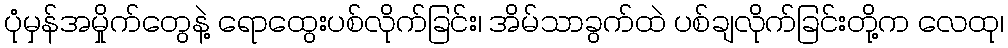
ပုံမှန်အမှိုက်တွေနဲ့ ရောထွေးပစ်လိုက်ခြင်း၊ အိမ်သာခွက်ထဲ ပစ်ချလိုက်ခြင်းတို့က လေထု၊